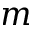
m